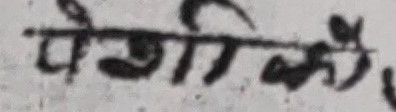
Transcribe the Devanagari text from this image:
प्रयोगको